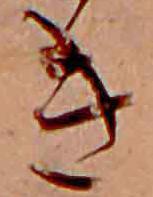
き